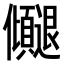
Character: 𫤓